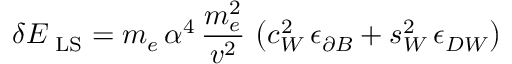
\delta E _ { \mathrm { \scriptsize ~ L S } } = m _ { e } \, \alpha ^ { 4 } \, \frac { m _ { e } ^ { 2 } } { v ^ { 2 } } \, \left( c _ { W } ^ { 2 } \, \epsilon _ { \partial B } + s _ { W } ^ { 2 } \, \epsilon _ { D W } \right)